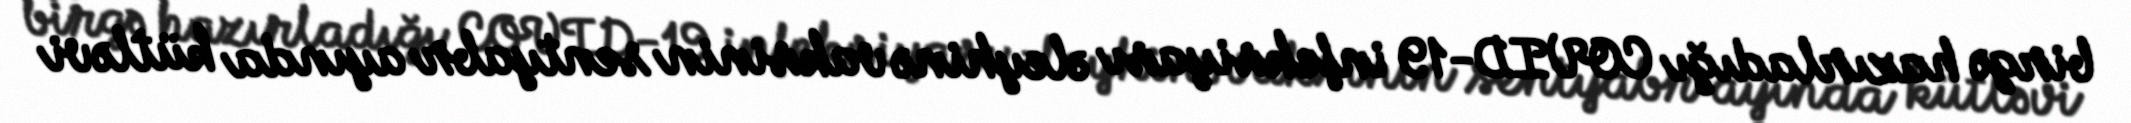
birgə hazırladığı COVID-19 infeksiyası əleyhinə vaksinin sentyabr ayında kütləvi